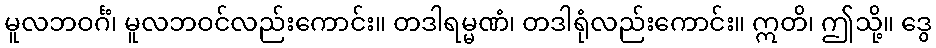
မူလဘဝင်္ဂံ၊ မူလဘဝင်လည်းကောင်း။ တဒါရမ္မဏံ၊ တဒါရုံလည်းကောင်း။ ဣတိ၊ ဤသို့။ ဒွေ